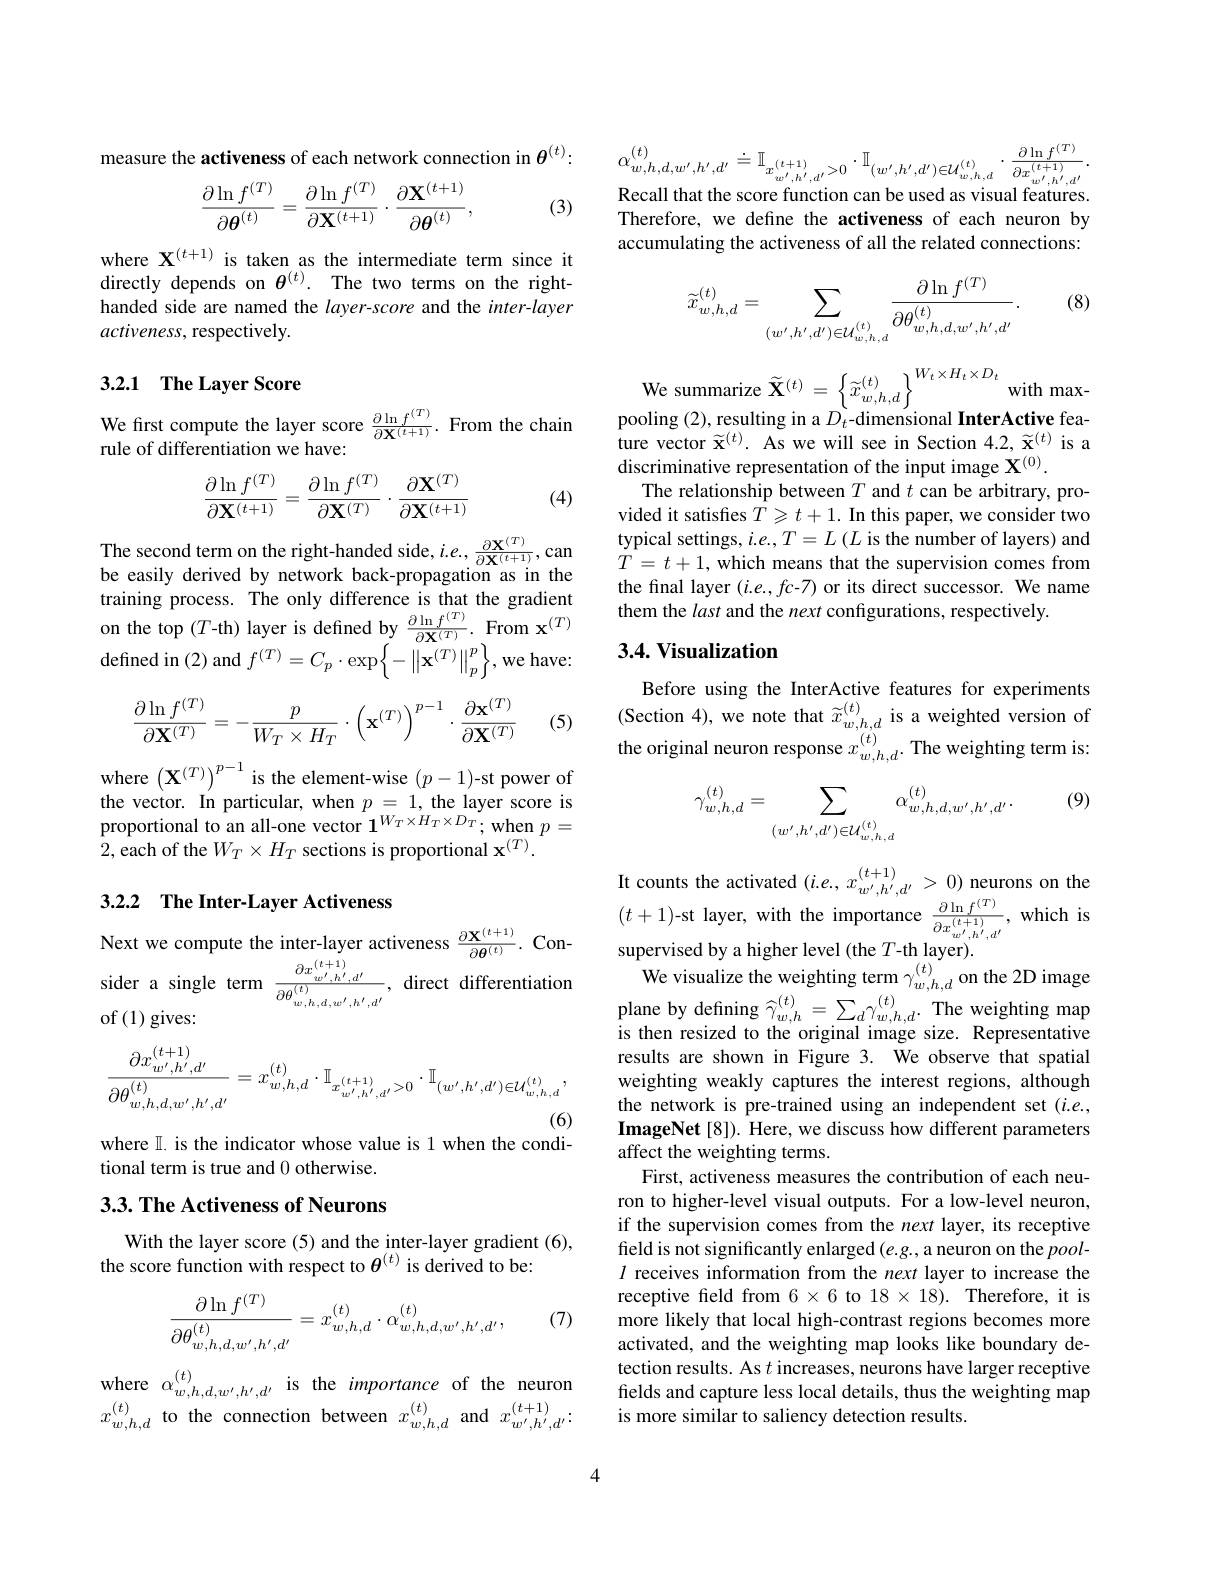
measure the activeness of each network connection in $\theta^{(t)}:$
$$\frac{\partial\ln f^{(T)}}{\partial\theta^{(t)}}=\frac{\partial\ln f^{(T)}}{\partial\mathbf{X}^{(t+1)}}\cdot\frac{\partial\mathbf{X}^{(t+1)}}{\partial\theta^{(t)}},$$
(3)

where $\mathbf{X}^{(t+1)}$ is taken as the intermediate term since it directly depends on $\theta^{(t)}.$ The two terms on the righthanded side are named the layer-score and the inter-layer activeness, respectively.

## 3.2.1 The Layer Score

We first compute the layer score $\frac{\partial\ln f^{(T)}}{\partial\mathbf{X}^{(t+1)}}.$ From the chain
rule of differentiation we have:
$$\begin{aligned}\frac{\partial\ln f^{(T)}}{\partial\mathbf{X}^{(t+1)}}=\frac{\partial\ln f^{(T)}}{\partial\mathbf{X}^{(T)}}\cdot\frac{\partial\mathbf{X}^{(T)}}{\partial\mathbf{X}^{(t+1)}}\end{aligned}$$
(4)

be easily derived by network back-propagation as in the training process. The only difference is that the gradient $\begin{array}{ll}{\mathrm{uuning~proccs.~1~ne~oniy~unterence~1s~unt~uic~graucnt}}\\{\mathrm{on~the~top~(T-th)~layer~is~defined~by~\frac{\partial\ln f^{(T)}}{\partial\mathbf{X}^{(T)}}.~From~x^{(T)}}}\end{array}$ defined in (2) and $f^{(T)}=C_p\cdot\exp\left\{-\left\|\mathbf{x}^{(T)}\right\|_p^p\right\}$,we have:
$$\begin{aligned}\frac{\partial\ln f^{(T)}}{\partial\mathbf{X}^{(T)}}=-\frac{p}{W_T\times H_T}\cdot\left(\mathbf{x}^{(T)}\right)^{p-1}\cdot\frac{\partial\mathbf{x}^{(T)}}{\partial\mathbf{X}^{(T)}}\end{aligned}$$
(5)

where $\left(\mathbf{X}^{(T)}\right)^{p-1}$ is the element-wise $(p-1)$-st power of $\begin{array}{l}{\text{the vector. In particular, when }p=1,\text{the layer score is}}\\{\text{proportional to an all-one vector }1^{W_{T}\times H_{T}\times D_{T}};\text{when }p=}\end{array}$ 2,each of the $W_T\times H_T$ sections is proportional $\mathbf{x}^{(T)}.$

### 3.2.2 $\textbf{The Inter- Layer Activeness}$

Next we compute the inter-layer activeness $\frac{\partial\mathbf{X}^{(t+1)}}{\partial\boldsymbol{\theta}^{(t)}}.$ Conider a single term $\frac{\partial x_{w^{\prime},h^{\prime},d^{\prime},d^{\prime}}}{\partial\theta_{w,h,d,w^{\prime},h^{\prime},d^{\prime},d^{\prime}}^{(t+1)}}$, direct differentiation of$\left(1\right)$gives:
$$\frac{\partial x_{w',h',d'}^{(t+1)}}{\partial\theta_{w,h,d,w',h',d'}^{(t)}}=x_{w,h,d}^{(t)}\cdot\mathbb{I}_{x_{w',h',d'}^{(t+1)}>0}\cdot\mathbb{I}_{(w',h',d')\in\mathcal{U}_{w,h,d}^{(t)}},$$
where $\mathbb{I}$. is the indicator whose value is 1 when the condi-
tional term is true and 0 otherwise.

### 3.3. The Activeness of Neurons

With the layer score (5) and the inter-layer gradient (6),
the score function with respect to $\theta^{(t)}$ is derived to be:

(7)
$$\begin{aligned}\frac{\partial\ln f^{(T)}}{\partial\theta_{w,h,d,w',h',d'}^{(t)}}&=x_{w,h,d}^{(t)}\cdot\alpha_{w,h,d,w',h',d'}^{(t)},\end{aligned}$$
where $\alpha_w,h,d,w^{\prime},h^{\prime},d^{\prime}$ is the importance of the neuron $x_{w,h,d}^{(t)}$ to the connection between $x_w,h,d^{(t)}$ and $x_w^{\prime},h^{\prime},d^{\prime}$:

$\alpha_{w,h,d,w^{\prime},h^{\prime},d^{\prime}}^{(t)}\doteq\mathbb{I}_{x_{w^{\prime},h^{\prime},d^{\prime}}>0}\cdot\mathbb{I}_{(w^{\prime},h^{\prime},d^{\prime})\in\mathcal{U}_{w,h,d}^{(t)}}\cdot\frac{\partial\ln f^{(T)}}{\partial x_{w^{\prime},h^{\prime},d^{\prime}}^{(t+1)}}.$

Recall that the score function can be used as visual features Therefore, we define the activeness of each neuron by accumulating the activeness of all the related connections:

(8)
$$\widetilde{x}_{w,h,d}^{(t)}=\sum_{(w',h',d')\in\mathcal{U}_{w,h,d}^{(t)}}\frac{\partial\ln f^{(T)}}{\partial\theta_{w,h,d,w',h',d'}^{(t)}}.$$
We summarize $\widetilde{\mathbf{X}}^{(t)}=\left\{\widetilde{x}_{w,h,d}^{(t)}\right\}^{W_{t}\times H_{t}\times D_{t}}$with maxpooling (2), resulting in a $D_t$-dimensional InterActive feature vector $\widetilde{\mathbf{x}}^{(t)}.$ As we will see in Section 4.2, $\widetilde{\mathbf{x}}^{(t)}$ is a discriminative representation of the input image $\mathbf{X}^{(0)}.$
The relationship between $T$ and $t$ can be arbitrary, provided it satisfies $\hat{T}\geqslant t+1.$ In this paper, we consider two
The second term on the right-handed side, $i.e.,\frac{\partial\mathbf{X}^{(T)}}{\partial\mathbf{X}^{(t+1)}}$, can $\begin{array} { c } \text{typical settings, }i. e. . T= L\left ( L\text{is the number of layers}\right ) \mathrm{~and}\\ \text{be easilv derived hv network back-- nronagation as in the}& T= t+ 1, \mathrm{~which~means~that~the~supervision~com}\end{array}$
the final layer (i.e.,fc-7) or its direct successor. We name
them the last and the next configurations, respectively.

## 3.4. Visualization

Before using the InterActive features for experiments (Section 4), we note that $\widetilde x_{w,h,d}^{(t)}$ is a weighted version of the original neuron response $x_{w,h,d}^{(t)}.$ The weighting term is

(9)
$$\gamma_{w,h,d}^{(t)}=\sum_{(w',h',d')\in\mathcal{U}_{w,h,d}^{(t)}}\alpha_{w,h,d,w',h',d'}^{(t)}.$$
It counts the activated $(i.e.,x_{w^{\prime},h^{\prime},d^{\prime}}^{(t+1)}>0)$ neurons on the $(t+1)$-st layer, with the importance $\frac{\partial\ln f^{(T)}}{\partial x_{w^{\prime},h^{\prime},d^{\prime},d^{\prime}}}$, which is supervised by a higher level (the $T$-th layer).We visualize the weighting term $\gamma_{w,h,d}^{(t)}$on the 2D image plane by defining $\widehat{\gamma}_{w,h}^{(t)}=\sum_{d}\gamma_{w,h,d}^{(t)}\cdot$ The weighting map is then resized to the original image size. Representative results are shown in Figure 3. We observe that spatial weighting weakly captures the interest regions, although the network is pre-trained using an independent set $(i.e.$, ImageNet [8]). Here, we discuss how different parameters affect the weighting terms.
First, activeness measures the contribution of each neuron to higher-level visual outputs. For a low-level neuron, if the supervision comes from the next layer, its receptive field is not significantly enlarged $(e.g.$,a neuron on the $pool-$ $l$ receives information from the next layer to increase the receptive field from $6\times6$ to $18\times18).$ Therefore, it is more likely that local high-contrast regions becomes more activated, and the weighting map looks like boundary detection results. As $t$ increases, neurons have larger receptive fields and capture less local details, thus the weighting map is more similar to saliency detection results.